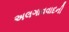
અલગાવવાદની